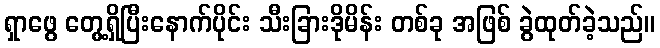
ရှာဖွေ တွေ့ရှိပြီးနောက်ပိုင်း သီးခြားဒိုမိန်း တစ်ခု အဖြစ် ခွဲထုတ်ခဲ့သည်။